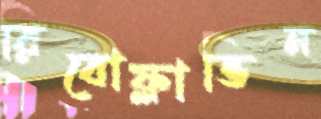
রিবোফ্লাভিন